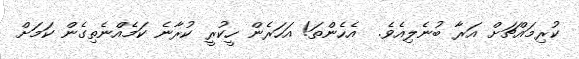
ކުރިމައްޗަށް އަރާ ބުނެލިއެވެ.  އެހެންތަ! އަހަރެން ހީކުރީ ކުރާނެ ކަމެއްނެތިގެން ކަމަށް